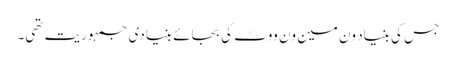
جس کی بنیاد ون مین ون ووٹ کی بجائے بنیادی جمہوریت تھی۔